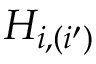
H _ { i , ( i ^ { \prime } ) }